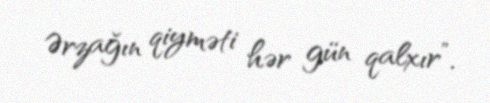
Ərzağın qiyməti hər gün qalxır”.